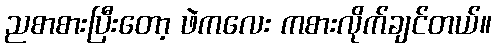
ညစာစားပြီးတော့ ဖဲကလေး ကစားလိုက်ချင်တယ်။